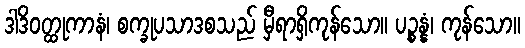
ဒါဒိဝတ္ထုကာနံ၊ စက္ခုပသာဒစသည် မှီရာရှိကုန်သော။ ပဉ္စန္နံ၊ ကုန်သော။